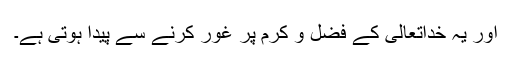
اور یہ خداتعالیٰ کے فضل و کرم پر غور کرنے سے پیدا ہوتی ہے۔